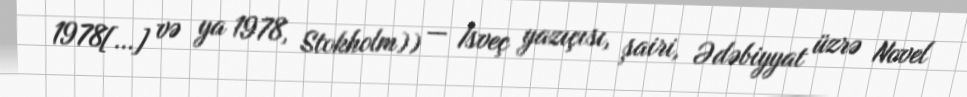
1978[…] və ya 1978, Stokholm)) — İsveç yazıçısı, şairi, Ədəbiyyat üzrə Novel